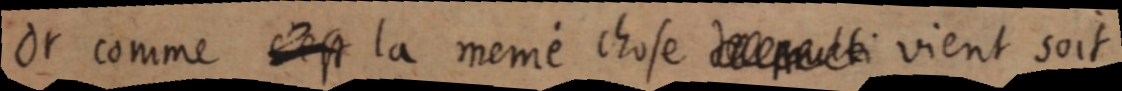
Or comme [c’est] la même chose [de multi] vient soit